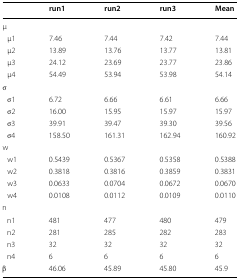
<table><thead><tr><td></td><td><b>run1</b></td><td><b>run2</b></td><td><b>run3</b></td><td><b>Mean</b></td></tr></thead><tbody><tr><td colspan="5">μ</td></tr><tr><td> μ1</td><td>7.46</td><td>7.44</td><td>7.42</td><td>7.44</td></tr><tr><td> μ2</td><td>13.89</td><td>13.76</td><td>13.77</td><td>13.81</td></tr><tr><td> μ3</td><td>24.12</td><td>23.69</td><td>23.77</td><td>23.86</td></tr><tr><td> μ4</td><td>54.49</td><td>53.94</td><td>53.98</td><td>54.14</td></tr><tr><td colspan="5">σ</td></tr><tr><td> σ1</td><td>6.72</td><td>6.66</td><td>6.61</td><td>6.66</td></tr><tr><td> σ2</td><td>16.00</td><td>15.95</td><td>15.97</td><td>15.97</td></tr><tr><td> σ3</td><td>39.91</td><td>39.47</td><td>39.30</td><td>39.56</td></tr><tr><td> σ4</td><td>158.50</td><td>161.31</td><td>162.94</td><td>160.92</td></tr><tr><td colspan="5">w</td></tr><tr><td> w1</td><td>0.5439</td><td>0.5367</td><td>0.5358</td><td>0.5388</td></tr><tr><td> w2</td><td>0.3818</td><td>0.3816</td><td>0.3859</td><td>0.3831</td></tr><tr><td> w3</td><td>0.0633</td><td>0.0704</td><td>0.0672</td><td>0.0670</td></tr><tr><td> w4</td><td>0.0108</td><td>0.0112</td><td>0.0109</td><td>0.0110</td></tr><tr><td colspan="5">n</td></tr><tr><td> n1</td><td>481</td><td>477</td><td>480</td><td>479</td></tr><tr><td> n2</td><td>281</td><td>285</td><td>282</td><td>283</td></tr><tr><td> n3</td><td>32</td><td>32</td><td>32</td><td>32</td></tr><tr><td> n4</td><td>6</td><td>6</td><td>6</td><td>6</td></tr><tr><td>β</td><td>46.06</td><td>45.89</td><td>45.80</td><td>45.9</td></tr></tbody></table>